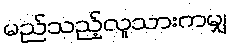
မည်သည့်လူသားကမျှ